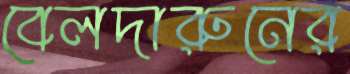
বেলদারুনের